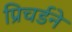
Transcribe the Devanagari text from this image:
प्रिचर्डने